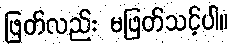
ဖြတ်လည်း မဖြတ်သင့်ပါ။